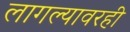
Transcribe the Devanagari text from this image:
लागल्यावरही